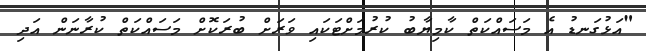
"އަޅުގަނޑު އެ މަސައްކަތް ކާމިޔާބު ކުރުމަށްޓަކައި ވަރަށް ބުރަކޮށް މަސައްކަތް ކުރާނަން އަދި